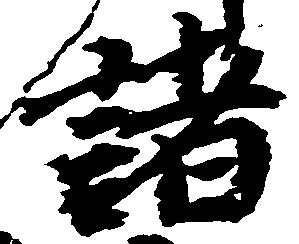
諸